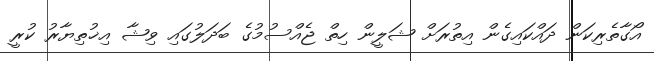
އޯގާތެރިކަން ދައްކައިގެން އިތުރަށް ޝަލީން ހިތް ޖެއްސުމުގެ ބަދަލުގައި ވިޝާ އިޚުތިޔާރު ކުރީ